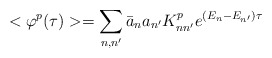
\begin{align*}<\varphi^p(\tau)>=\sum_{n,n'}\bar a_na_{n'}K^p_{nn'}e^{(E_n-E_{n'})\tau}\end{align*}